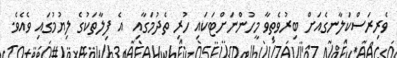
ވެރިރަސްކަލާނގެއަށް ބިރުވެތިވާ މީހުންނަށްޓަކައި ހުރި ތެދުމަގާއި  އެ ފިލާތަކުގެ ލިޔުމުގައި ވެއެވެ.